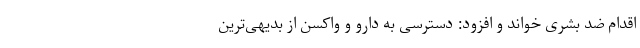
اقدام ضد بشری خواند و افزود: دسترسی به دارو و واکسن از بدیهی‌ترین